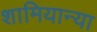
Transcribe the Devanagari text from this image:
शामियान्या